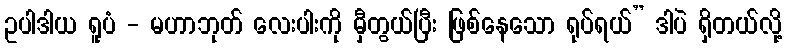
ဥပါဒါယ ရူပံ - မဟာဘုတ် လေးပါးကို မှီတွယ်ပြီး ဖြစ်နေသော ရုပ်ရယ်” ဒါပဲ ရှိတယ်လို့